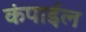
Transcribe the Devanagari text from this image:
कंपाईल